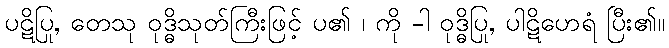
ပဋိပြု, တေသု ဝုဒ္ဓိသုတ်ကြီးဖြင့် ပ၏ ၊ ကို -ါ ဝုဒ္ဓိပြု, ပါဋိဟေရံ ပြီး၏။